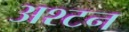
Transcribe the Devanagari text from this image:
अश्टन